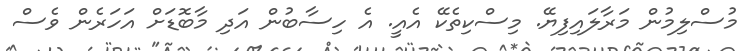
މުސްލިމުން މަރާލައިފިޔޭ. މިސްކިތެކޭ އެއީ. އެ ހިސާބުން އަދި މާބޮޑަށް އަހަރެން ވެސް